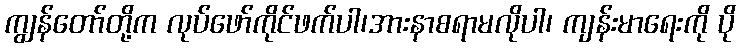
ကျွန်တော်တို့က လုပ်ဖော်ကိုင်ဖက်ပါ၊အားနာစရာမလိုပါ၊ ကျန်းမာရေးကို ပို